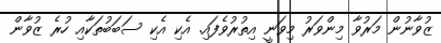
ޒުވާނުން މަރުވާ މިންވަރު މިވަނީ އިތުރުވެފައި. އެކި އެކި ސަބަބުތަކާއި ހުރެ ޒުވާން